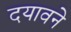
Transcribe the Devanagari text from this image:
दयावने